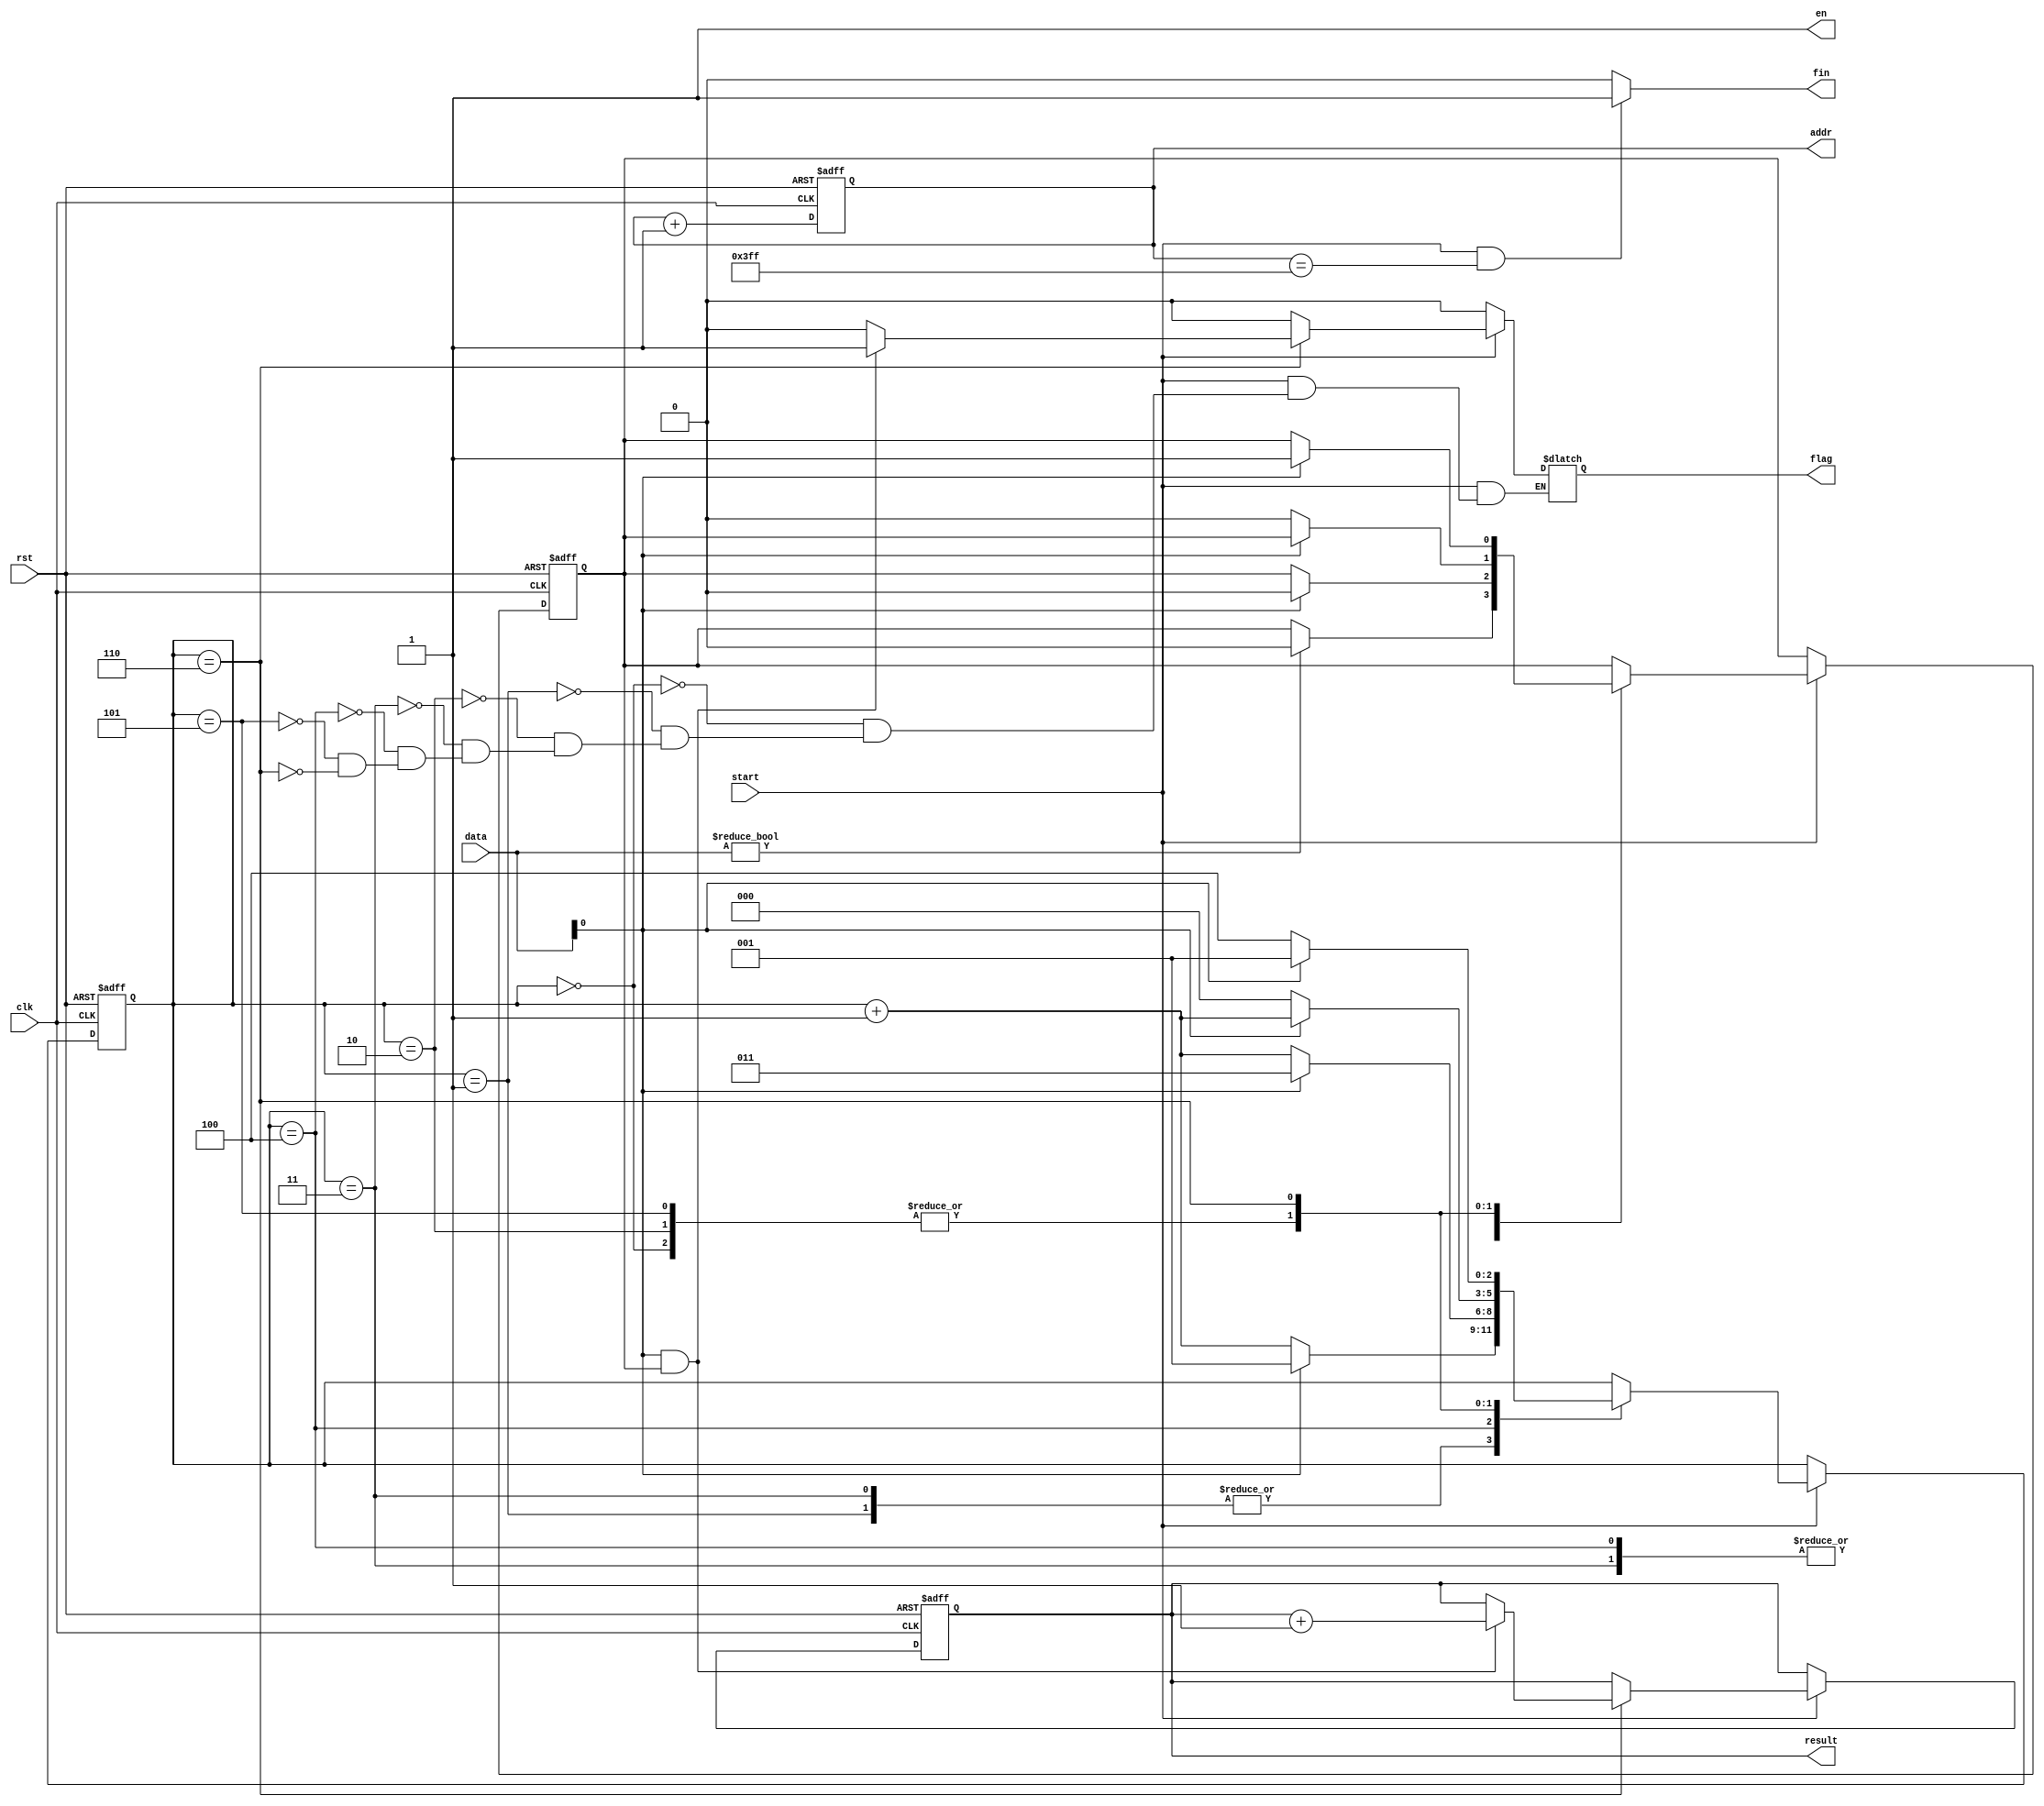
module BON(clk , rst , start , data , en , addr , flag , fin , result);
    input clk , rst , start;
    input [9 : 0] data;
    output en , flag , fin;
    output [9 : 0] addr , result;

	reg [2:0]state,next_state;
	reg flag;
	reg [9:0]sum,next_sum;
	reg [9:0]num,next_num;
	reg same,next_same;

	assign en = 1'b1; // data can input
/*
	initial begin
		flag = 0;
		sum = 10'b0;
		state = 0;
		next_state = 1;
		num = 10'b11_1111_1111;
		next_num = 1;
		next_sum = 0;
	end
*/ 
	always@(posedge rst or posedge clk)begin
		if (rst == 1'b1)begin
			state = 10'b0;
			sum = 10'b0;
			num = 10'b11_1111_1111; //turn 0 when add 1
			same = 0;
		end
//		else if (clk == 1'b1)begin  <- can't write this
		else begin
			state = next_state;
			num = next_num;
			sum = next_sum;
			same = next_same;
		end
	end

	always@(*)begin
		next_same = same;
	    next_state = state;
		next_sum = sum; //necessary
		next_num = num + 1; // initial or after rst next num became 0
		if (start == 1)begin
			case(state)
				3'b000:begin
					next_state	= data[0] ? state+1 : 0 ;
					flag = 0;
					next_same = data[0] ? same : 0 ;
				end
				3'b001:begin
					next_state	= data[0] ? 1 : state+1 ;
					flag = 0;
					next_same = data ?  0 : same ;
				end
				3'b010:begin
					next_state	= data[0] ? state+1 : 0 ;
					flag = 0;
					next_same = data[0] ? same : 0 ;
				end
				3'b011:begin
					next_state	= data[0] ? 1 : state+1 ;
					flag = 0;
					next_same = data[0] ? 0 : same  ;
				end
				3'b100:begin
					next_state	= data[0] ? 3'b011 : state+1 ;
					flag = 0;
					next_same = data[0] ? 0 : same  ;
				end
				3'b101:begin
					next_state	= data[0] ? state+1 : 0 ;
					flag = 0;
					next_same = data[0] ? same : 0 ;
				end
				3'b110:begin
					next_state	= data[0] ? 3'b001 : 3'b100 ; //bonus modify
					flag = data[0] && same ? 1'b1 : 1'b0;
					next_same = data[0] ? 1 : same ;
					next_sum = data[0] && same ? sum + 1'b1 : sum ;
				end
			endcase

		end
		else begin 
			flag = 0;
		end
	end

	assign addr = num;
	assign fin = (start == 1 && num==1023) ? 1'b1 : 1'b0;
//	assign result = (fin==1) ? sum : 0 ; //not sure if output result every turn or just in the last
	assign result = sum;
endmodule